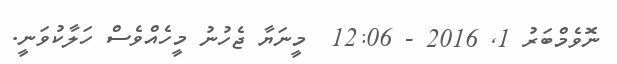
ނޮވެމްބަރު 1